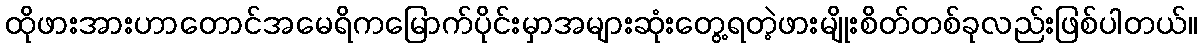
ထိုဖားအားဟာတောင်အမေရိကမြောက်ပိုင်းမှာအများဆုံးတွေ့ရတဲ့ဖားမျိုးစိတ်တစ်ခုလည်းဖြစ်ပါတယ်။